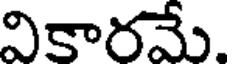
వికారమే.